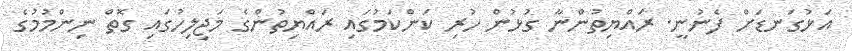
އަޅުގަނޑަށް ފެނުނީ. ރައްޔިތުންނާ ގުޅުން ހުރި ކަންކަމުގައި ރައްޔިތުންގެ މަޖިލިހުގައި ގޮތް ނިންމުމުގެ